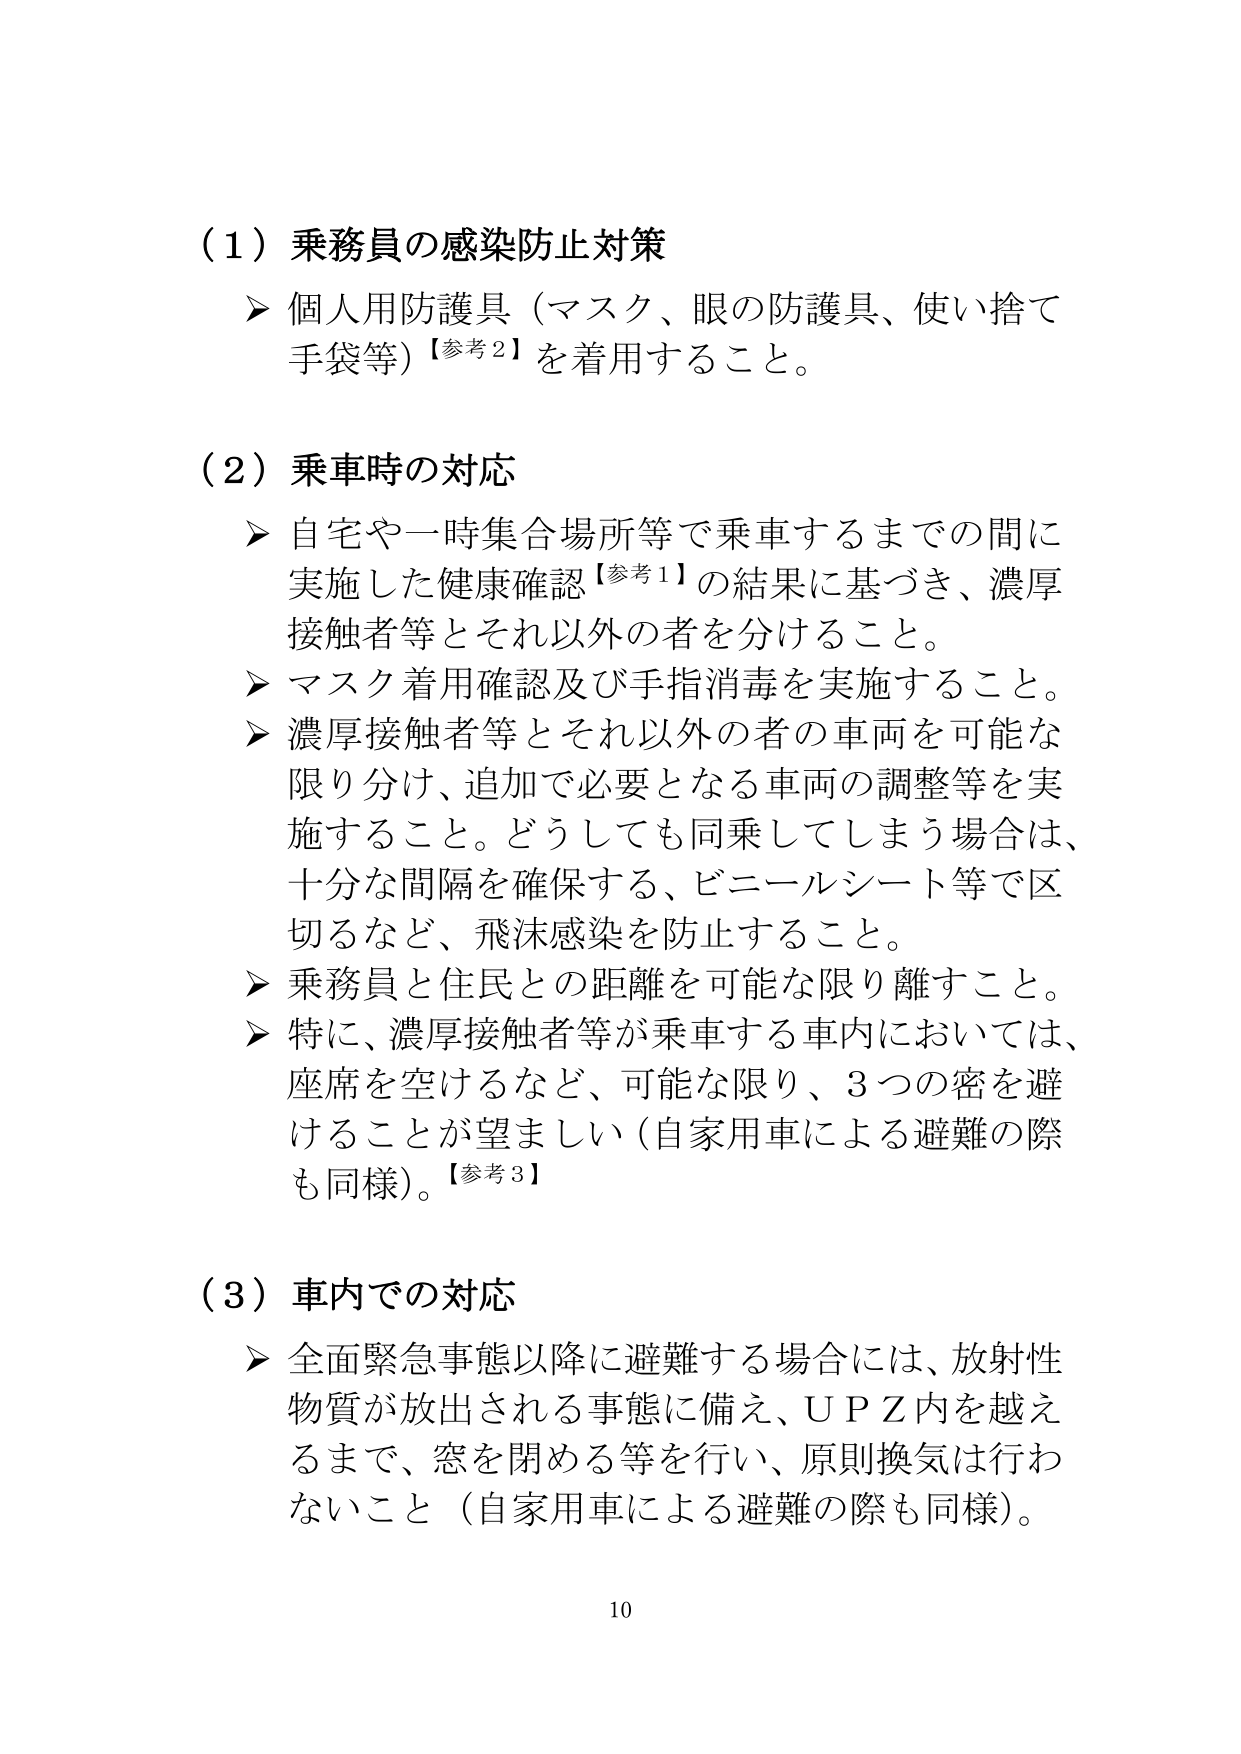
（1）乗務員の感染防止対策
➤ 個人用防護具（マスク、眼の防護具、使い捨て手袋等）【参考2】を着用すること。

（2）乗車時の対応
➤ 自宅や一時集合場所等で乗車するまでの間に実施した健康確認【参考1】の結果に基づき、濃厚接触者等とそれ以外の者を分けること。
➤ マスク着用確認及び手指消毒を実施すること。
➤ 濃厚接触者等とそれ以外の者の車両を可能な限り分け、追加で必要となる車両の調整等を実施すること。どうしても同乗してしまう場合は、十分な間隔を確保する、ビニールシート等で区切るなど、飛沫感染を防止すること。
➤ 乗務員と住民との距離を可能な限り離すこと。
➤ 特に、濃厚接触者等が乗車する車内においては、座席を空けるなど、可能な限り、3つの密を避けることが望ましい（自家用車による避難の際も同様）。【参考3】

（3）車内での対応
➤ 全面緊急事態以降に避難する場合には、放射性物質が放出される事態に備え、ＵＰＺ内を越えるまで、窓を閉める等を行い、原則換気は行わないこと（自家用車による避難の際も同様）。

10